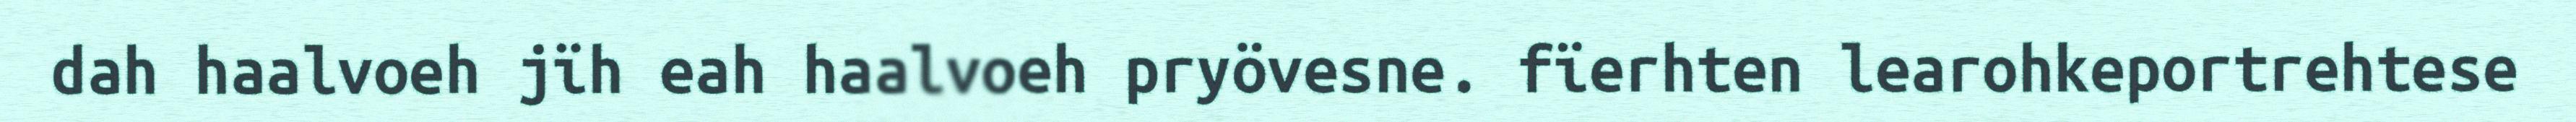
dah haalvoeh jïh eah haalvoeh pryövesne. fïerhten learohkeportrehtese